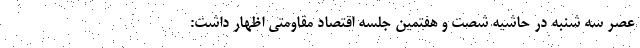
عصر سه شنبه در حاشیه شصت و هفتمین جلسه اقتصاد مقاومتی اظهار داشت: